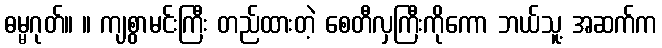
ဓမ္မဂုတ်။ ။ ကျစွာမင်းကြီး တည်ထားတဲ့ စေတီလှကြီးကိုကော ဘယ်သူ့ အဆက်က